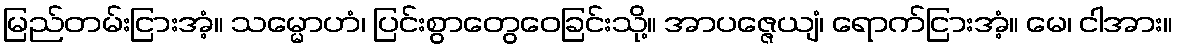
မြည်တမ်းငြားအံ့။ သမ္မောဟံ၊ ပြင်းစွာတွေဝေခြင်းသို့။ အာပဇ္ဇေယျံ၊ ရောက်ငြားအံ့။ မေ၊ ငါအား။